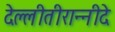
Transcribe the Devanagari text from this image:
देल्लीतीरान्नीदे